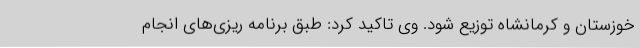
خوزستان و کرمانشاه توزیع شود. وی تاکید کرد: طبق برنامه ریزی‌های انجام